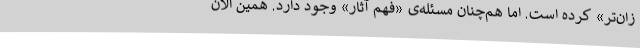
زان‌تر» کرده است. اما هم‌چنان مسئله‌ی «فهم آثار» وجود دارد. همین الان